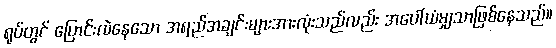
ရုပ်တွင် ပြောင်းလဲနေသော အရည်အချင်းများအားလုံးသည်လည်း အပေါ်ယံမျှသာဖြစ်နေသည်။